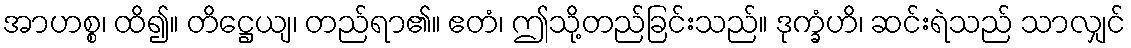
အာဟစ္စ၊ ထိ၍။ တိဋ္ဌေယျ၊ တည်ရာ၏။ ဧတံ၊ ဤသို့တည်ခြင်းသည်။ ဒုက္ခံဟိ၊ ဆင်းရဲသည် သာလျှင်